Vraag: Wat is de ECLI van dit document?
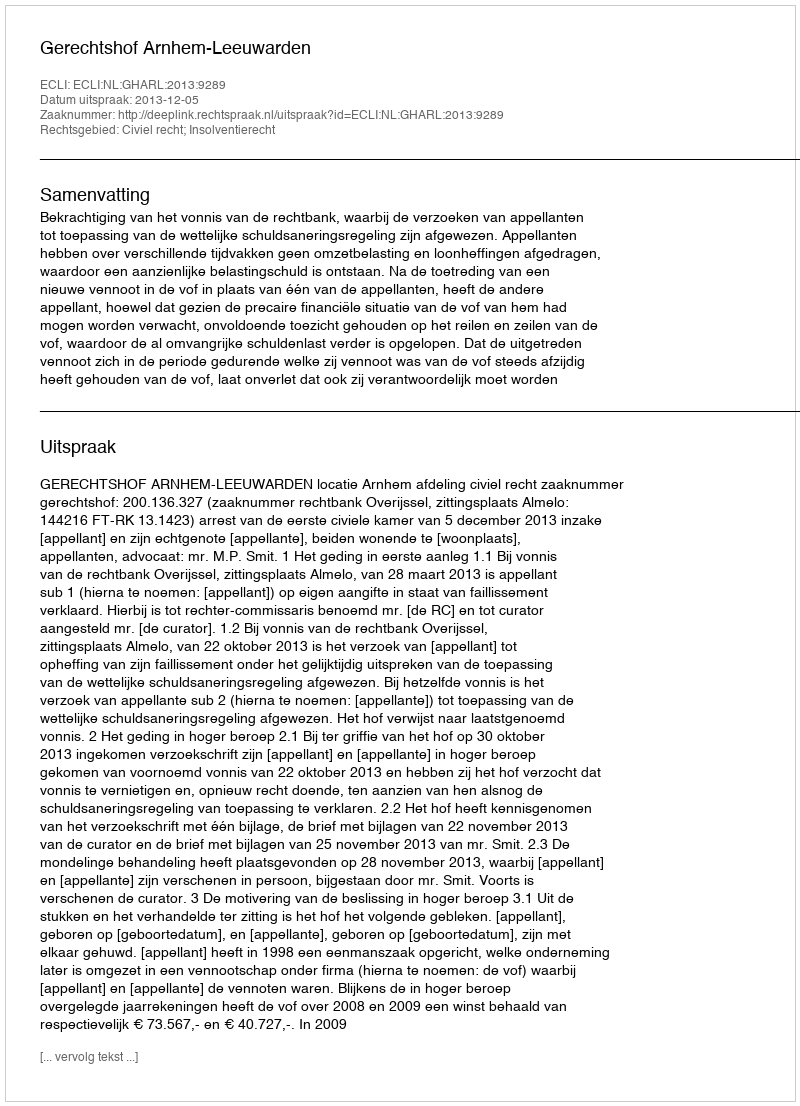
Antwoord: ECLI:NL:GHARL:2013:9289